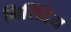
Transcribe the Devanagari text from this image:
निरिंद्रिय